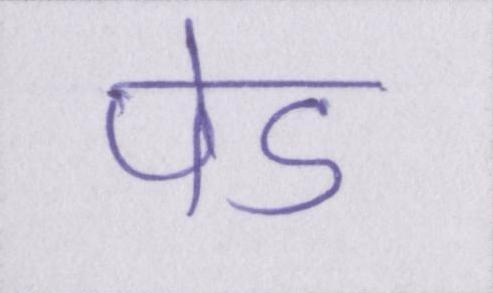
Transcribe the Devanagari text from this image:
पेड